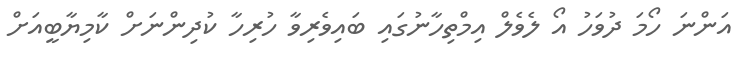
އަންނަ ހޯމަ ދުވަހު އޯ ލެވެލް އިމްތިހާނުގައި ބައިވެރިވާ ހުރިހާ ކުދިންނަށް ކާމިޔާބީއަށް